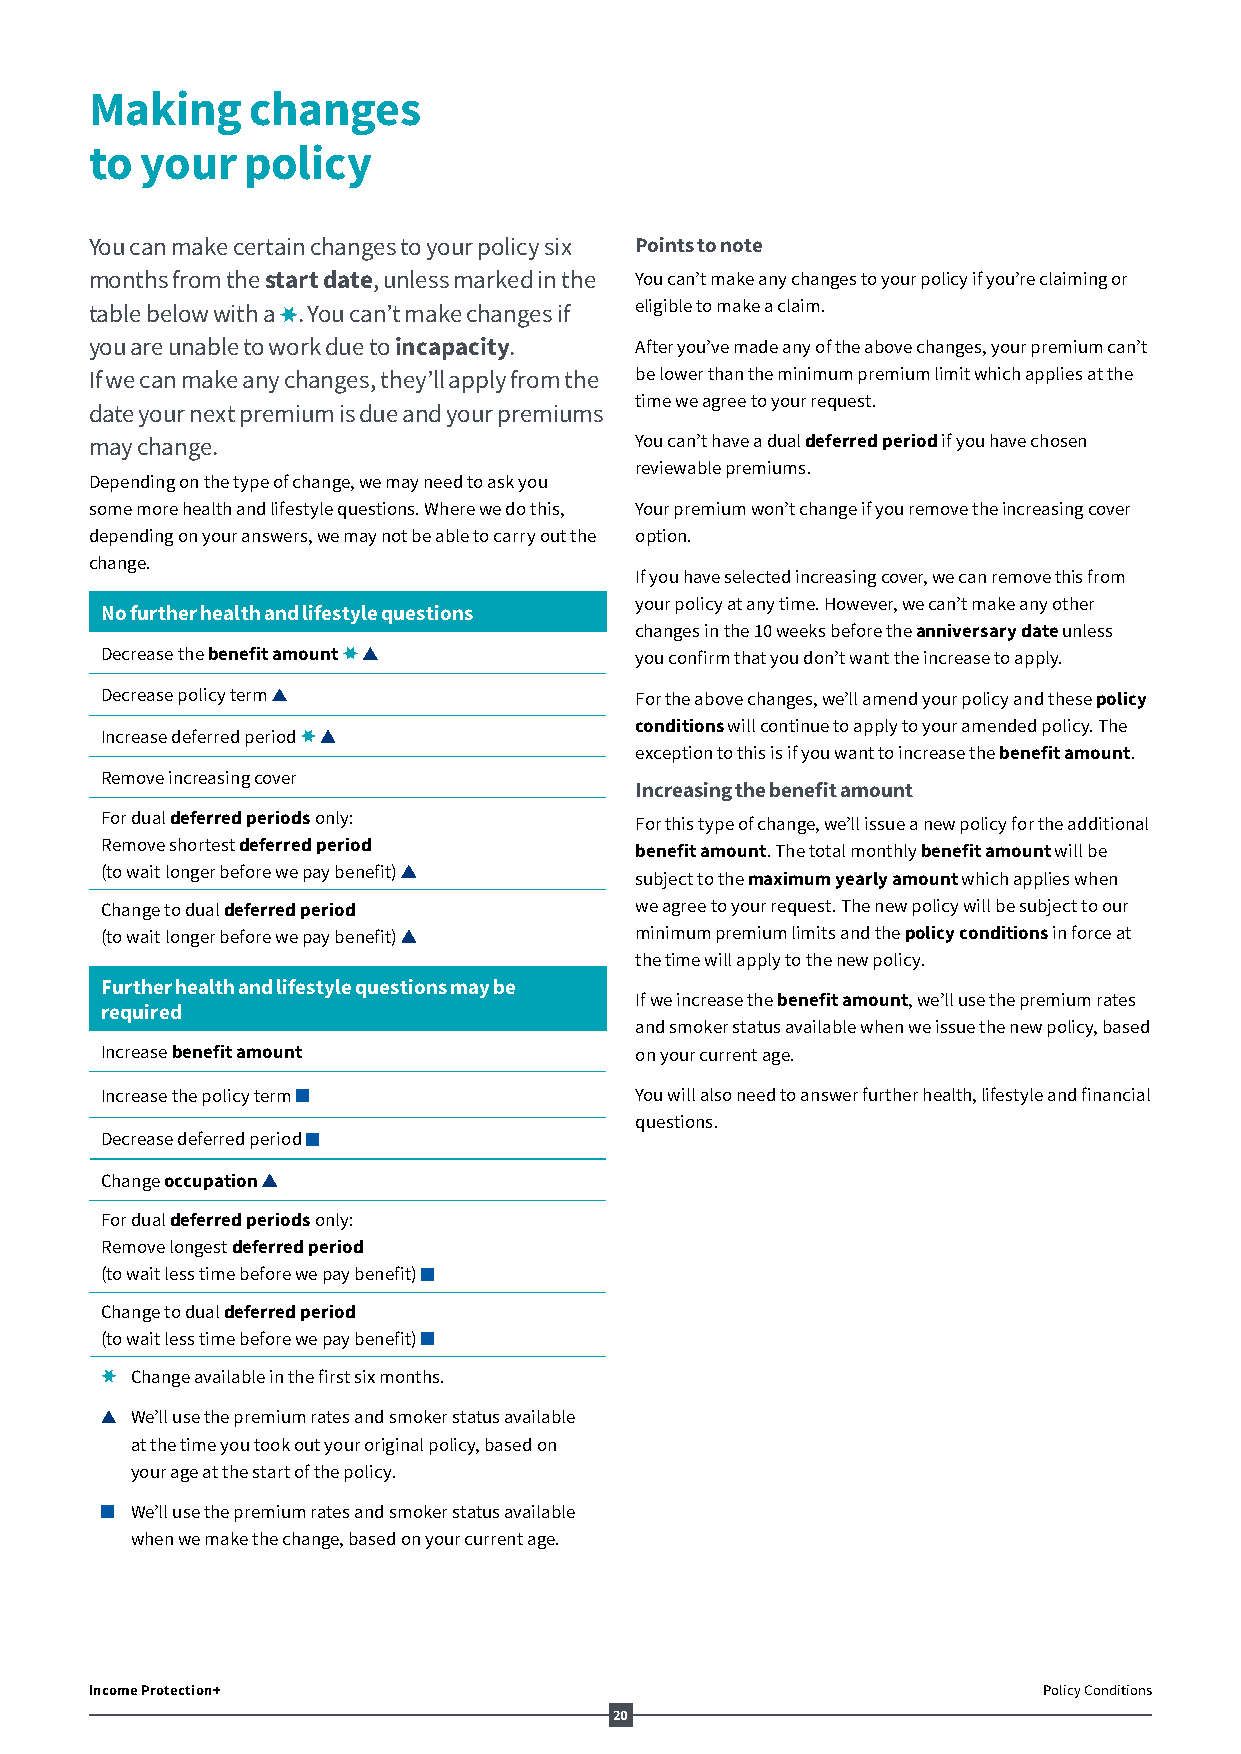
Making    changes
 to your   policy
 You can make certain changes to your policy six Points to note
 months from the start date, unless marked in the You can’t make any changes to your policy if you’re claiming or
 table below with a . You can’t make changes if eligible to make a claim.
 you are unable to work due to incapacity. After you’ve made any of the above changes, your premium can’t
 If we can make any changes, they’ll apply from the be lower than the minimum premium limit which applies at the
 time we agree to your request.
 date your next premium is due and your premiums
 may change.                         You can’t have a dual deferred period if you have chosen
 reviewable premiums.
 Depending on the type of change, we may need to ask you
 some more health and lifestyle questions. Where we do this, Your premium won’t change if you remove the increasing cover
 depending on your answers, we may not be able to carry out the option.
 change.
 If you have selected increasing cover, we can remove this from
 your policy at any time. However, we can’t make any other
 No further health and lifestyle questions
 changes in the 10 weeks before the anniversary date unless
 Decrease the benefit amount        you confirm that you don’t want the increase to apply.
 Decrease policy term               For the above changes, we’ll amend your policy and these policy
 conditions will continue to apply to your amended policy. The
 Increase deferred period
 exception to this is if you want to increase the benefit amount.
 Remove increasing cover
 Increasing the benefit amount
 For dual deferred periods only:    For this type of change, we’ll issue a new policy for the additional
 Remove shortest deferred period    benefit amount. The total monthly benefit amount will be
 (to wait longer before we pay benefit)
 subject to the maximum yearly amount which applies when
 Change to dual deferred period     we agree to your request. The new policy will be subject to our
 (to wait longer before we pay benefit) minimum premium limits and the policy conditions in force at
 the time will apply to the new policy.
 Further health and lifestyle questions may be
 If we increase the benefit amount, we’ll use the premium rates
 required
 and smoker status available when we issue the new policy, based
 Increase benefit amount            on your current age.
 Increase the policy term           You will also need to answer further health, lifestyle and financial
 questions.
 Decrease deferred period
 Change occupation
 For dual deferred periods only:
 Remove longest deferred period
 (to wait less time before we pay benefit)
 Change to dual deferred period
 (to wait less time before we pay benefit)
 Change available in the first six months.
 W e’ll use the premium rates and smoker status available
 at the time you took out your original policy, based on
 your age at the start of the policy.
 W e’ll use the premium rates and smoker status available
 when we make the change, based on your current age.
 Income Protection+                                             Policy Conditions
 20
 AV164201_AL52002_1218.indd 20                                            06/12/18 12:56 AM